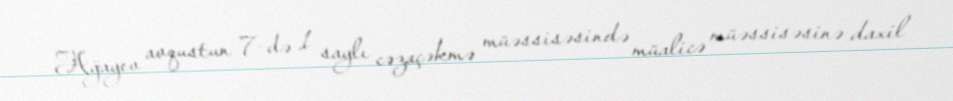
Ağayev avqustun 7-də 1 saylı cəzaçəkmə müəssisəsində müalicə müəssisəsinə daxil